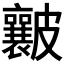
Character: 𥀶